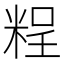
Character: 𥺆